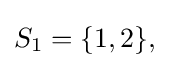
{\textstyle S_{1}=\{1,2\},}